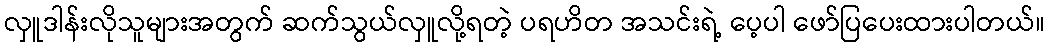
လှူဒါန်းလိုသူများအတွက် ဆက်သွယ်လှူလို့ရတဲ့ ပရဟိတ အသင်းရဲ့ ပေ့ပါ ဖော်ပြပေးထားပါတယ်။